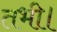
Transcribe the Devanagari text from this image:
तभी।